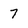
Character: 7